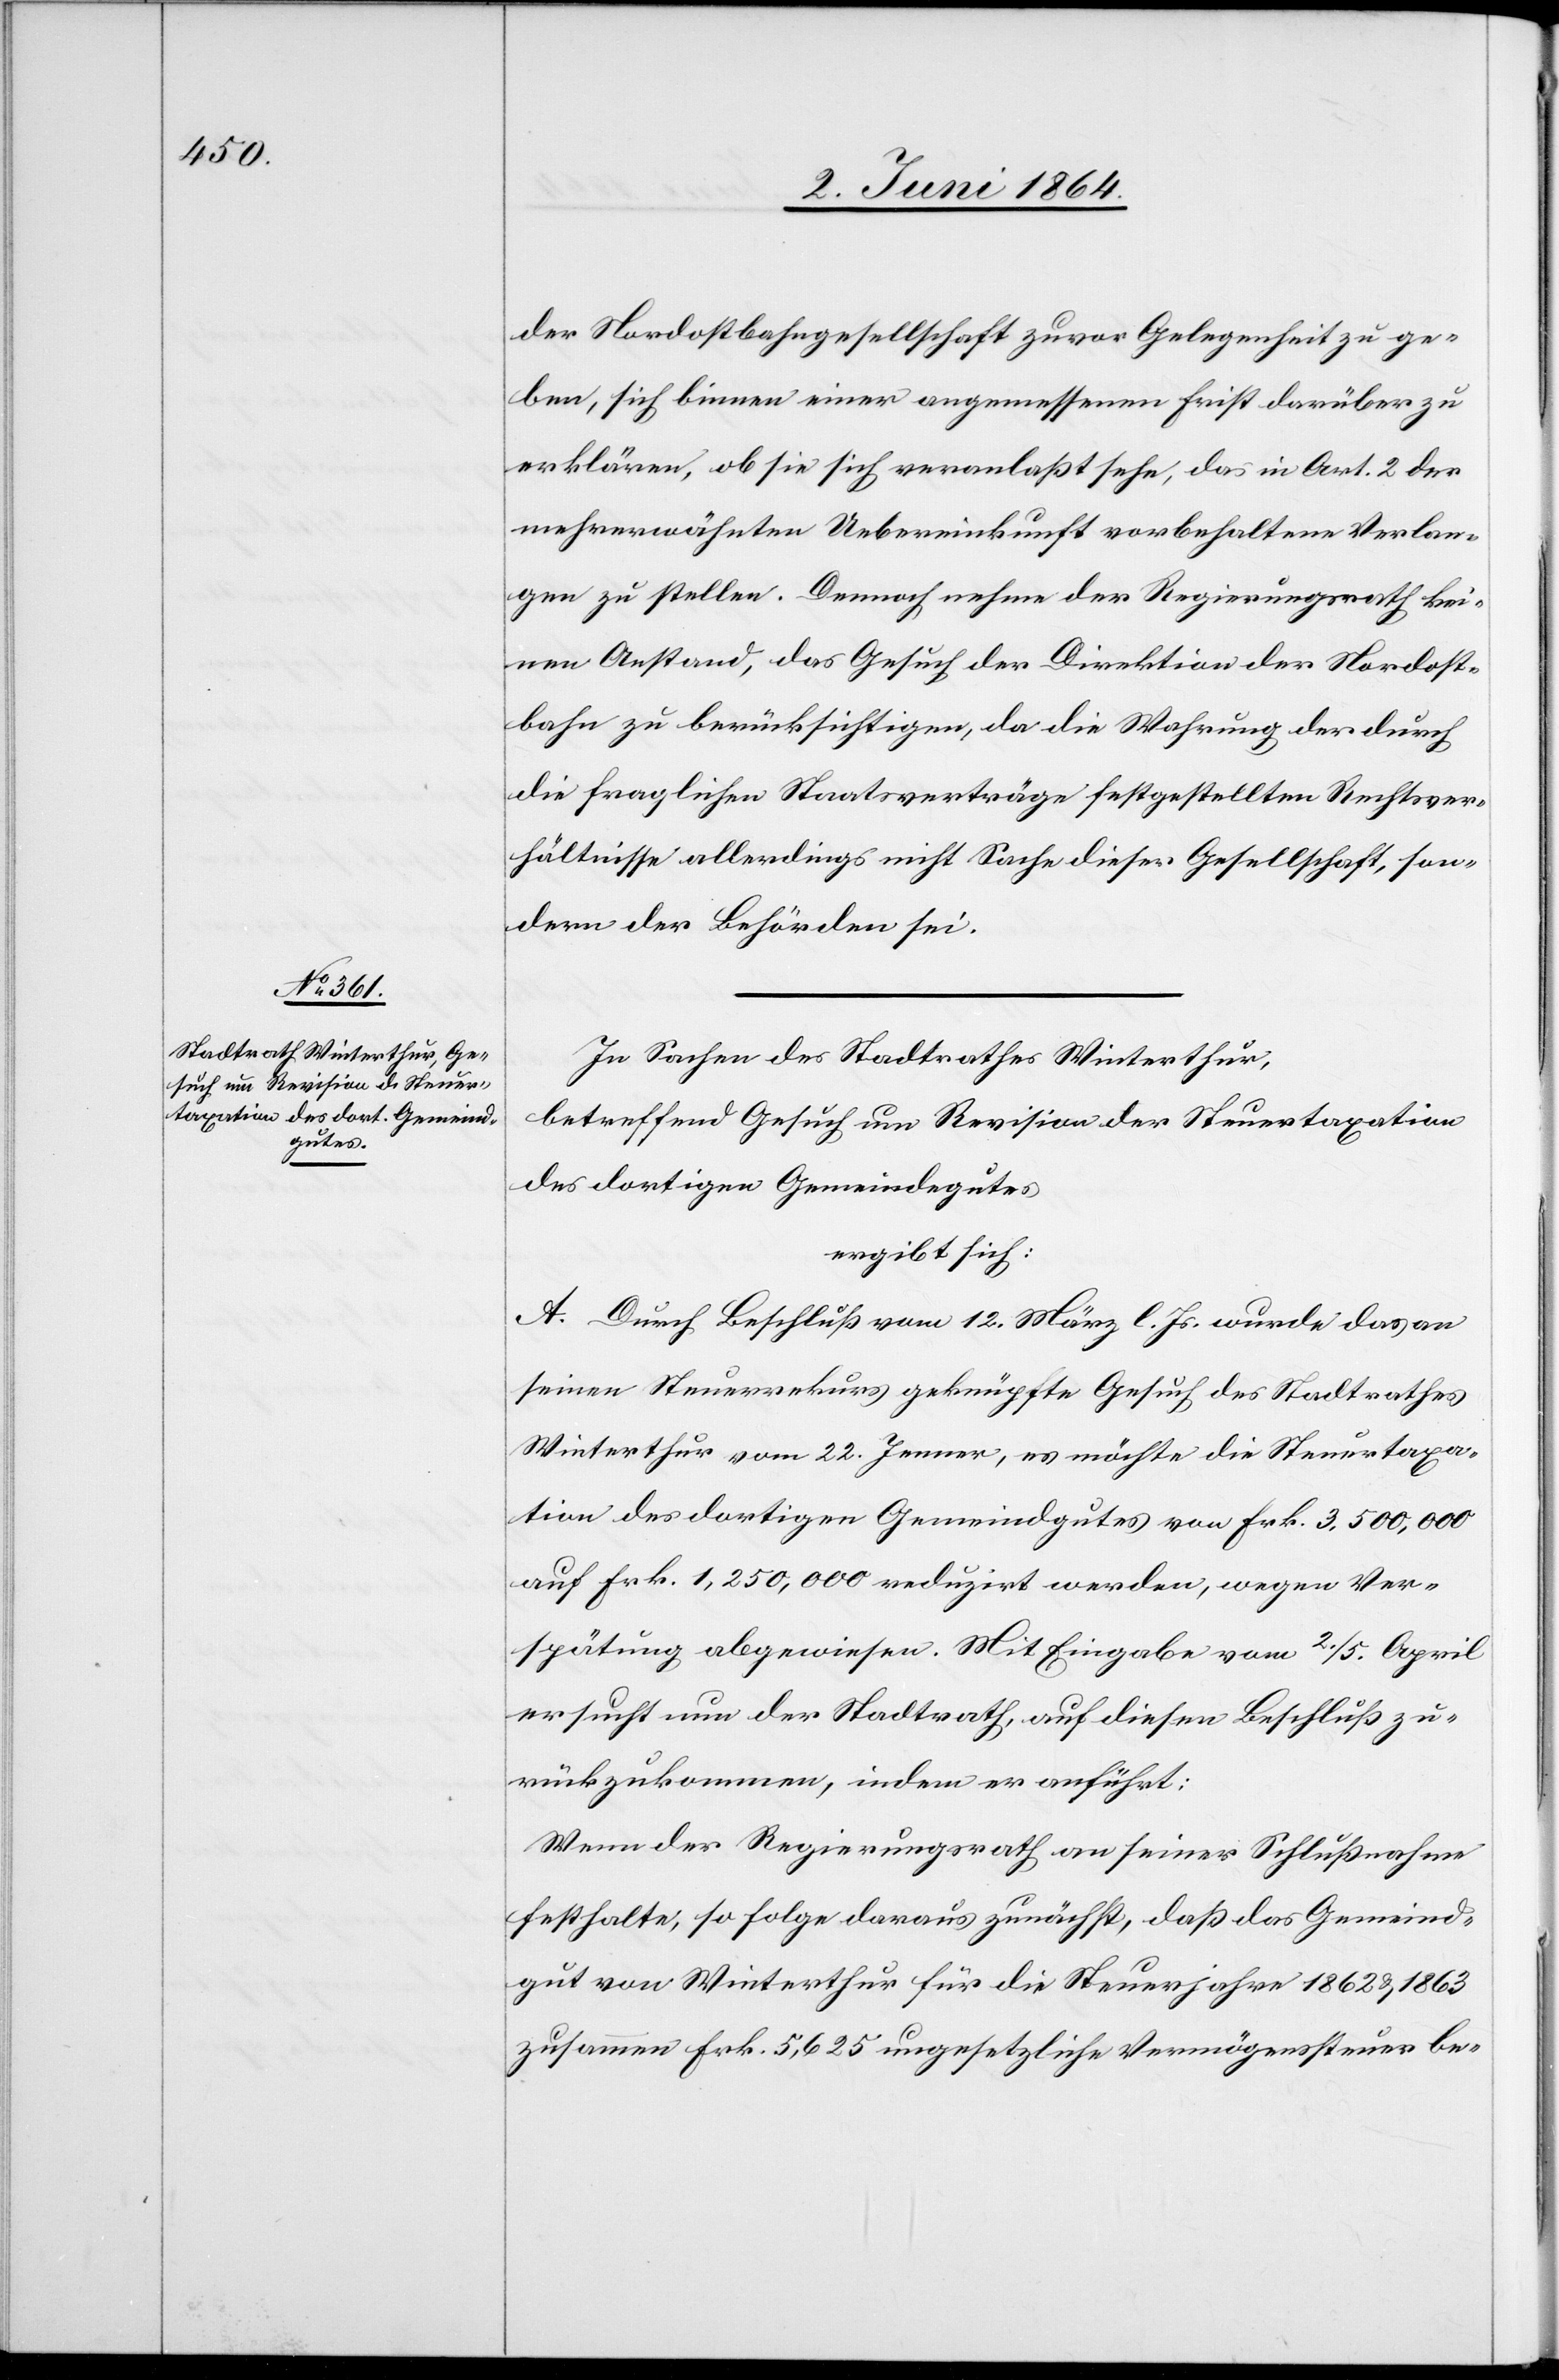
der Nordostbahngesellschaft zuvor Gelegenheit zu ge¬
ben, sich binnen einer angemessenen Frist darüber zu
erklären, ob sie sich veranlaßt sehe, das in Art. 2 der
mehrerwähnten Uebereinkunft vorbehaltene Verlan¬
gen zu stellen. Demnach nehme der Regierungsrath kei¬
nen Anstand, das Gesuch der Direktion der Nordost¬
bahn zu berücksichtigen, da die Wahrung der durch
die fraglichen Staatsverträge festgestellten Rechtsver¬
hältnisse allerdings nicht Sache dieser Gesellschaft, son¬
dern der Behörden sei.
In Sachen des Stadtrathes Winterthur,
betreffend Gesuch um Revision der Steuertaxation
des dortigen Gemeindegutes
ergibt sich:
A. Durch Beschluß vom 12. März l. Js. wurde das an
seinen Steuerrekurs geknüpfte Gesuch des Stadtrathes
Winterthur vom 22. Jenner, es möchte die Steuertaxa¬
tion des dortigen Gemeindgutes von Frk. 3,500,000
auf Frk. 1,250,000 redigirt werden, wegen Ver¬
spätung abgewiesen. Mit Eingabe vom 2./5. April
ersucht nun der Stadtrath, auf diesen Beschluß zu¬
rückzukommen, indem er anführt:
Wenn der Regierungsrath an seiner Schlußnahme
festhalte, so folge daraus zunächst, daß das Gemeind¬
gut von Winterthur für die Steuerjahre 1862 u. 1863
zusammen Frk. 5,625 ungesetzliche Vermögenssteuer be-